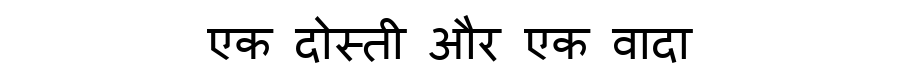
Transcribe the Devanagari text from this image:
एक दोस्ती और एक वादा